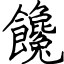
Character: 饞